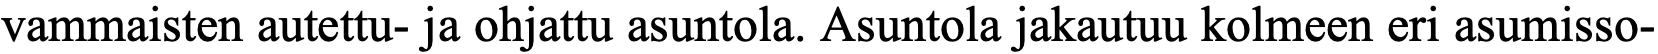
vammaisten autettu- ja ohjattu asuntola. Asuntola jakautuu kolmeen eri asumisso-